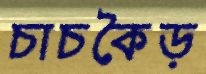
চাচকৈড়